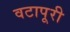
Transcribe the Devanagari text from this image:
वटापूरी